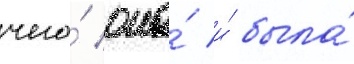
чего́ она́ и́ была́